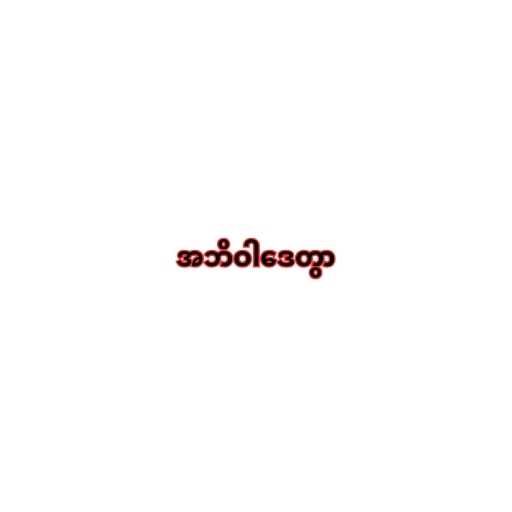
အဘိဝါဒေတွာ